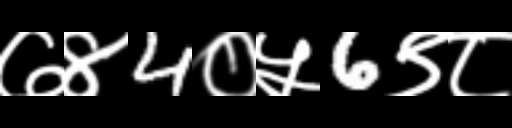
Text: ७४4०५6९८